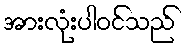
အားလုံးပါဝင်သည်